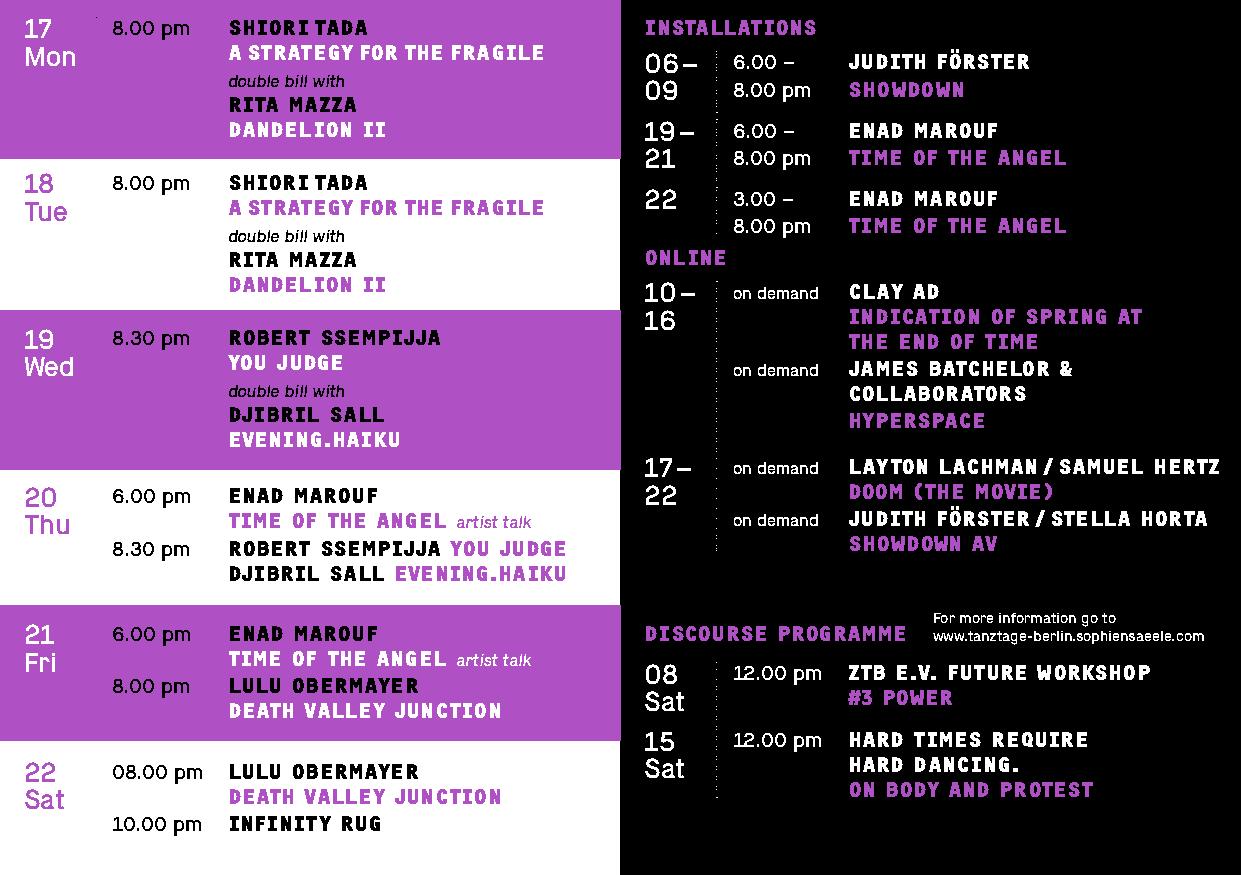
17   8.00 pm SHIORI TADA                 INSTALLATIONS
 Mon          A STRATEGY FOR THE FRAGILE  06 – 6.00 –  JUDITH FÖRSTER
 double bill with            09   8.00 pm SHOWDOWN
 RITA MAZZA
 DANDELION II                19 – 6.00 –  ENAD MAROUF
 21   8.00 pm TIME OF THE ANGEL
 18   8.00 pm SHIORI TADA
 Tue          A STRATEGY FOR THE FRAGILE  22   3.00 –  ENAD MAROUF
 double bill with
 8.00 pm TIME OF THE ANGEL
 RITA MAZZA                  ONLINE
 DANDELION II
 10 – on demand CLAY AD
 16           INDICATION OF SPRING AT
 19   8.30 pm ROBERT SSEMPIJJA                         THE END OF TIME
 Wed          YOU JUDGE                        on demand JAMES BATCHELOR &
 double bill with                         COLLABORATORS
 DJIBRIL SALL                             HYPERSPACE
 EVENING.HAIKU
 17 – on demand LAYTON LACHMAN / SAMUEL HERTZ
 20   6.00 pm ENAD MAROUF                 22           DOOM (THE MOVIE)
 Thu          TIME OF THE ANGEL artist talk    on demand JUDITH FÖRSTER / STELLA HORTA
 8.30 pm ROBERT SSEMPIJJA YOU JUDGE               SHOWDOWN AV
 DJIBRIL SALL EVENING.HAIKU
 For more information go to
 21   6.00 pm ENAD MAROUF                 DISCOURSE PROGRAMME www.tanztage-berlin.sophiensaeele.com
 Fri          TIME OF THE ANGEL artist talk
 08   12.00 pm ZTB E.V. FUTURE WORKSHOP
 8.00 pm LULU OBERMAYER
 Sat          #3 POWER
 DEATH VALLEY JUNCTION
 15   12.00 pm HARD TIMES REQUIRE
 22   08.00 pm LULU OBERMAYER             Sat          HARD DANCING.
 ON BODY AND PROTEST
 Sat          DEATH VALLEY JUNCTION
 10.00 pm INFINITY RUG